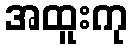
အထူးကု